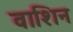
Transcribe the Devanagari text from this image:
वाशिन